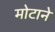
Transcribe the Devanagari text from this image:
मोटाने